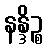
နန္ဒိဉ္စ